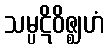
သမ္ပဋိဝိဇ္ဈဟံ